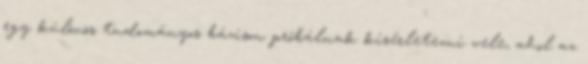
egy különös tudományos bázison próbálnak kísérletezni vele, ahol az